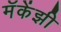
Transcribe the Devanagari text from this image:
मॅकेंझी